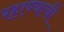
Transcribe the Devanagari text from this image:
रहाण्याचीं